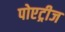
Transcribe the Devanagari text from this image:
पोएट्रीज